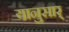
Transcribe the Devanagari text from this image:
यानुसार्